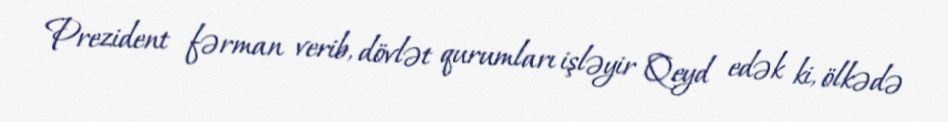
Prezident fərman verib, dövlət qurumları işləyir Qeyd edək ki, ölkədə